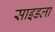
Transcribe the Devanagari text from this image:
साइडला